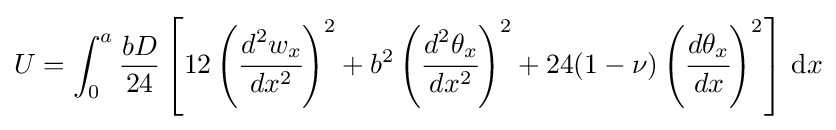
U=\int _{0}^{a}{\frac {bD}{24}}\left[12\left({\cfrac {d^{2}w_{x}}{dx^{2}}}\right)^{2}+b^{2}\left({\cfrac {d^{2}\theta _{x}}{dx^{2}}}\right)^{2}+24(1-\nu )\left({\cfrac {d\theta _{x}}{dx}}\right)^{2}\right]\,{\text{d}}x